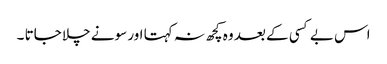
اس بے کسی کے بعد وہ کچھ نہ کہتا اور سونے چلا جاتا ۔